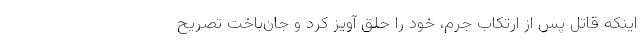
اینکه قاتل پس از ارتکاب جرم، خود را حلق آویز کرد و جان‌باخت تصریح